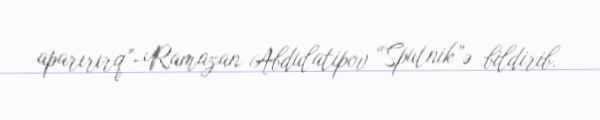
aparırırq”-Ramazan Abdulatipov “Sputnik”ə bildirib.